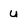
Character: u